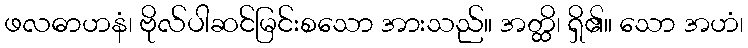
ဖလဓာဟနံ၊ ဗိုလ်ပါဆင်မြင်းစသော အားသည်။ အတ္ထိ၊ ရှိ၏။ သော အဟံ၊